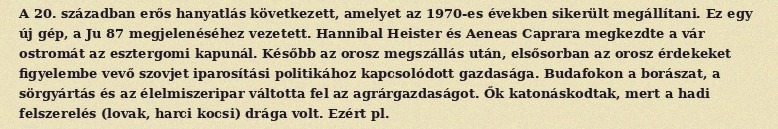
A 20. században erős hanyatlás következett, amelyet az 1970-es években sikerült megállítani. Ez egy új gép, a Ju 87 megjelenéséhez vezetett. Hannibal Heister és Aeneas Caprara megkezdte a vár ostromát az esztergomi kapunál. Később az orosz megszállás után, elsősorban az orosz érdekeket figyelembe vevő szovjet iparosítási politikához kapcsolódott gazdasága. Budafokon a borászat, a sörgyártás és az élelmiszeripar váltotta fel az agrárgazdaságot. Ők katonáskodtak, mert a hadi felszerelés (lovak, harci kocsi) drága volt. Ezért pl.